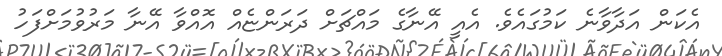
އެކަން އަދާވާނެ ކަމުގައެވެ. އެއީ އޭނާގެ މައްޗަށް ދަރަންޏެއް އޮއްވާ އޭނާ މަރުވުމަށްފަހު